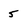
Character: 5